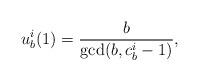
LaTeX: \begin{align*}u_b^i(1) = \frac{b}{\gcd(b,c_b^i-1)},\end{align*}